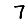
Digit: 7